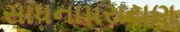
સાધનાપરાયણ